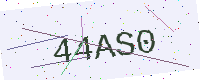
Text: 44AS0